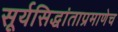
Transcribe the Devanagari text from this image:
सूर्यसिद्धांताप्रमाणेच